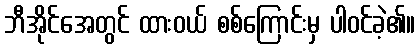
ဘီအိုင်အေတွင် ထားဝယ် စစ်ကြောင်းမှ ပါဝင်ခဲ့၏။